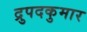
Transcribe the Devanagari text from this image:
द्रुपदकुमार